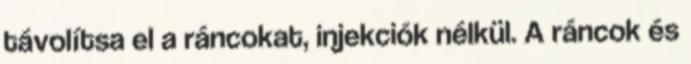
távolítsa el a ráncokat, injekciók nélkül. A ráncok és